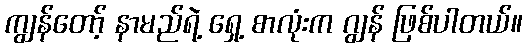
ကျွန်တော့် နာမည်ရဲ့ ရှေ့ စာလုံးက ဂျွန် ဖြစ်ပါတယ်။